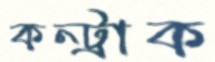
কন্ট্রাক